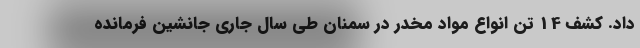
داد. کشف 14 تن انواع مواد مخدر در سمنان طی سال جاری جانشین فرمانده